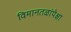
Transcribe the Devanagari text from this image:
विमानतळांपेक्षा